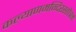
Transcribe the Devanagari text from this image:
कल्याणमन्दिरस्तोत्रम